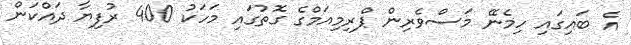
އެ ބައިގައި ހިމެނޭ މަސްވެރިން ޕްރިމިއަމްގެ ގޮތުގައި މަހަކު 400 ރުފިޔާ ދައްކަން